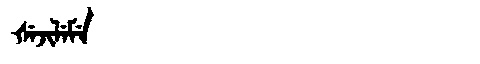
Manchu: ᡧᡝᠵᡳᠯᡝᠮᡝ
Romanization: ŠEJILEME